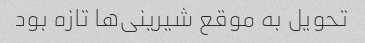
تحویل به موقع شیرینی‌ها تازه بود